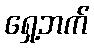
ရှေ့ဘက်